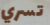
تسري